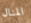
المنال